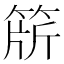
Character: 𬕕